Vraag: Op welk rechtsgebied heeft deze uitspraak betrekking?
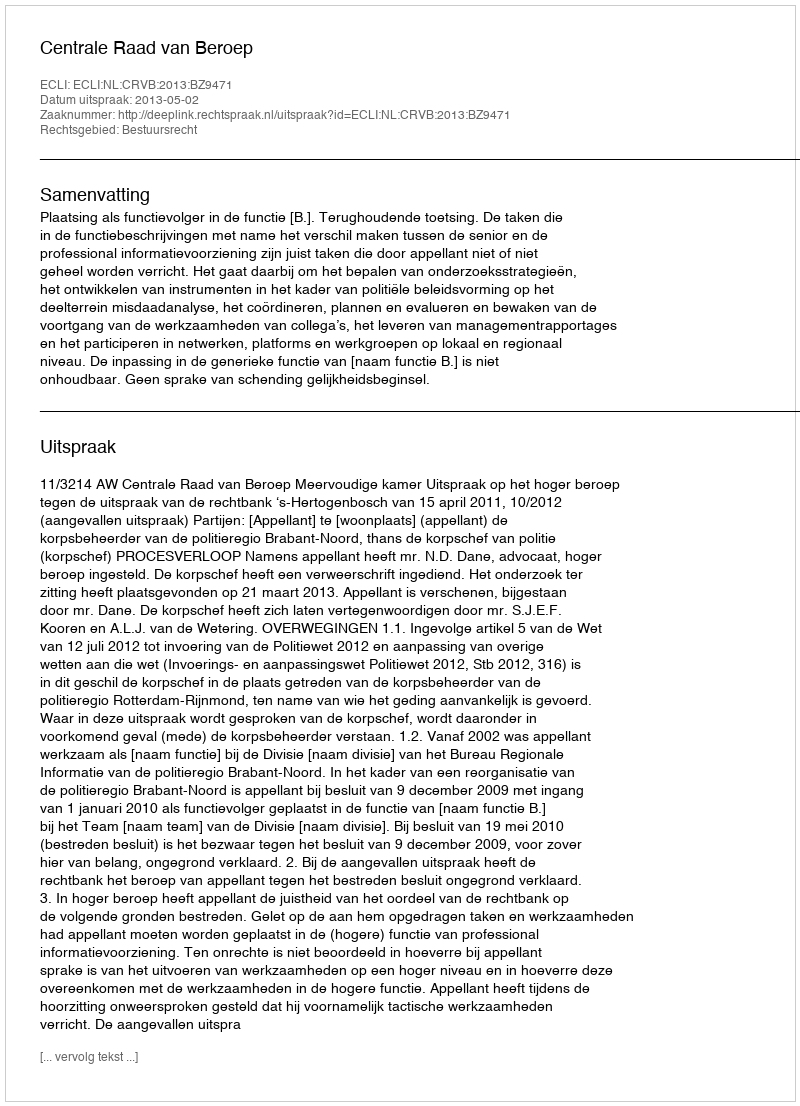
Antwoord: Bestuursrecht